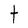
Character: t